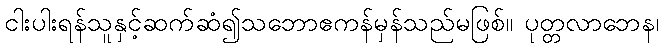
ငါးပါးရန်သူနှင့်ဆက်ဆံ၍သဘောဧကန်မှန်သည်မဖြစ်။ ပုတ္တလာဘေန၊